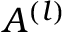
A ^ { ( l ) }